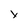
Character: x